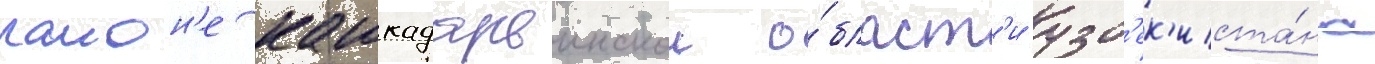
раион'е кашкадарьинскои о́бласт'и узб'ек'иста́на